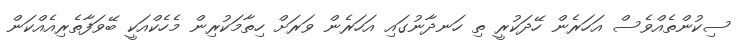
ސިކުންތެއްވެސް އަހަރެން ހޭދަކުރީ ތި ހަނދާނުގައި އަހަރެން ވަރަށް ހިތާމަކުރިން މެހެކްއަކީ ބޭވަފާތެރިއެއްކަން